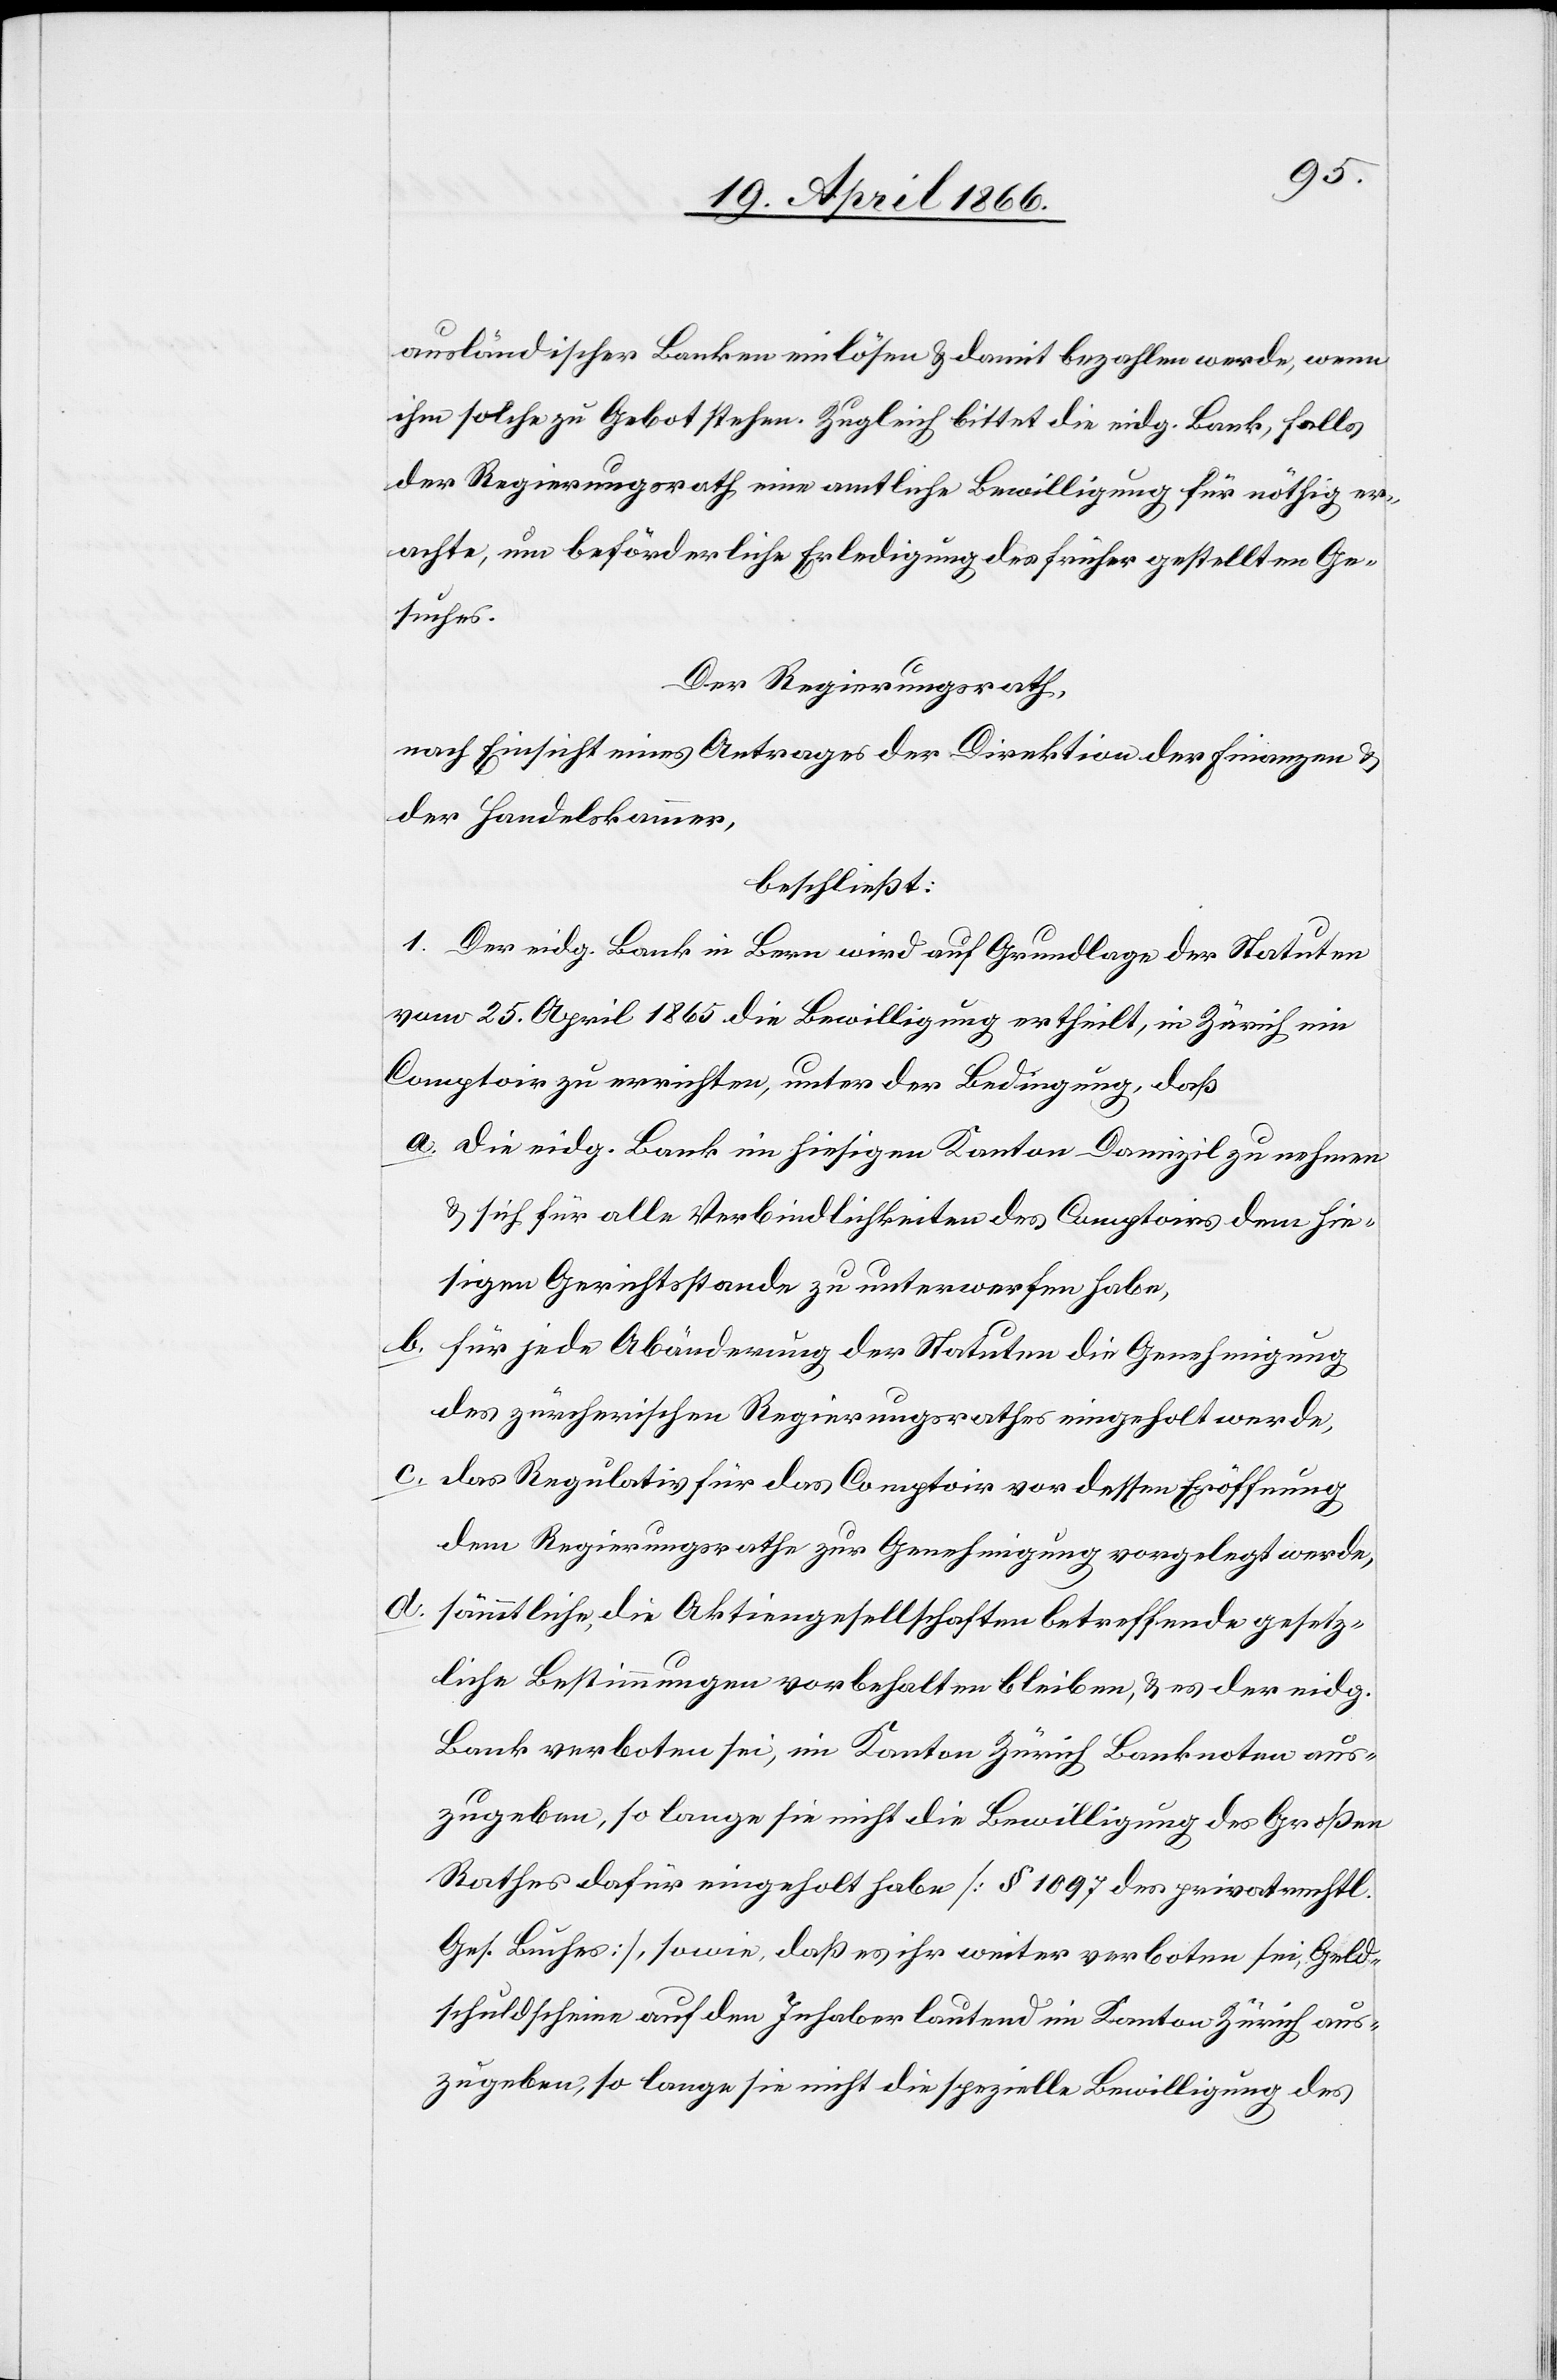
ausländischer Banken einlösen u. damit bezahlen werde, wenn
ihm solche zu Gebot stehen. Zugleich bittet die eidg. Bank, falls
der Regierungsrath eine amtliche Bewilligung für nöthig er¬
achte, um behördliche Erledigung des früher gestellten Ge¬
suches.
Der Regierungsrath,
nach Einsicht eines Antrages der Direktion der Finanzen u.
der Handelskammer,
beschließt:
1. Der eidg. Bank in Bern wird auf Grundlage der Statuten
vom 25. April 1865 die Bewilligung ertheilt, in Zürich ein
Comptoir zu errichten, unter der Bedingung, daß
a. die eidg. Bank im hiesigen Kanton Domizil zu nehmen
u. sich für alle Verbindlichkeiten des Comptoirs dem hie¬
sigen Gerichtsstande zu unterwerfen habe,
b. für jede Abänderung der Statuten die Genehmigung
des zürcherischen Regierungsrathes eingeholt werde,
c. das Regulativ für das Comptoir vor dessen Eröffnung
dem Regierungsrathe zur Genehmigung vorgelegt werde,
d. sämmtliche, die Aktiengesellschaft betreffende gesetz¬
liche Bestimmungen vorbehalten bleiben, u. es der eidg.
Bank verboten sei, im Kanton Zürich Banknoten aus¬
zugeben, so lange sie nicht die Bewilligung des Großen
Rathes dafür eingeholt habe [§ 1097 des privatrechtl.
Ges. Buches], sowie, daß es ihr weiter verboten sei, Geld¬
schuldscheine auf den Inhaber lautend im Kanton Zürich aus¬
zugeben, so lange sie nicht die spezielle Bewilligung des